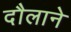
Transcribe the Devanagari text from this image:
दौलाने